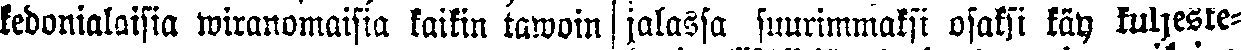
kedonialaisia wiranomaisia kaikin tawoin jalassa suurimmaksi osaksi käy kuljeske-